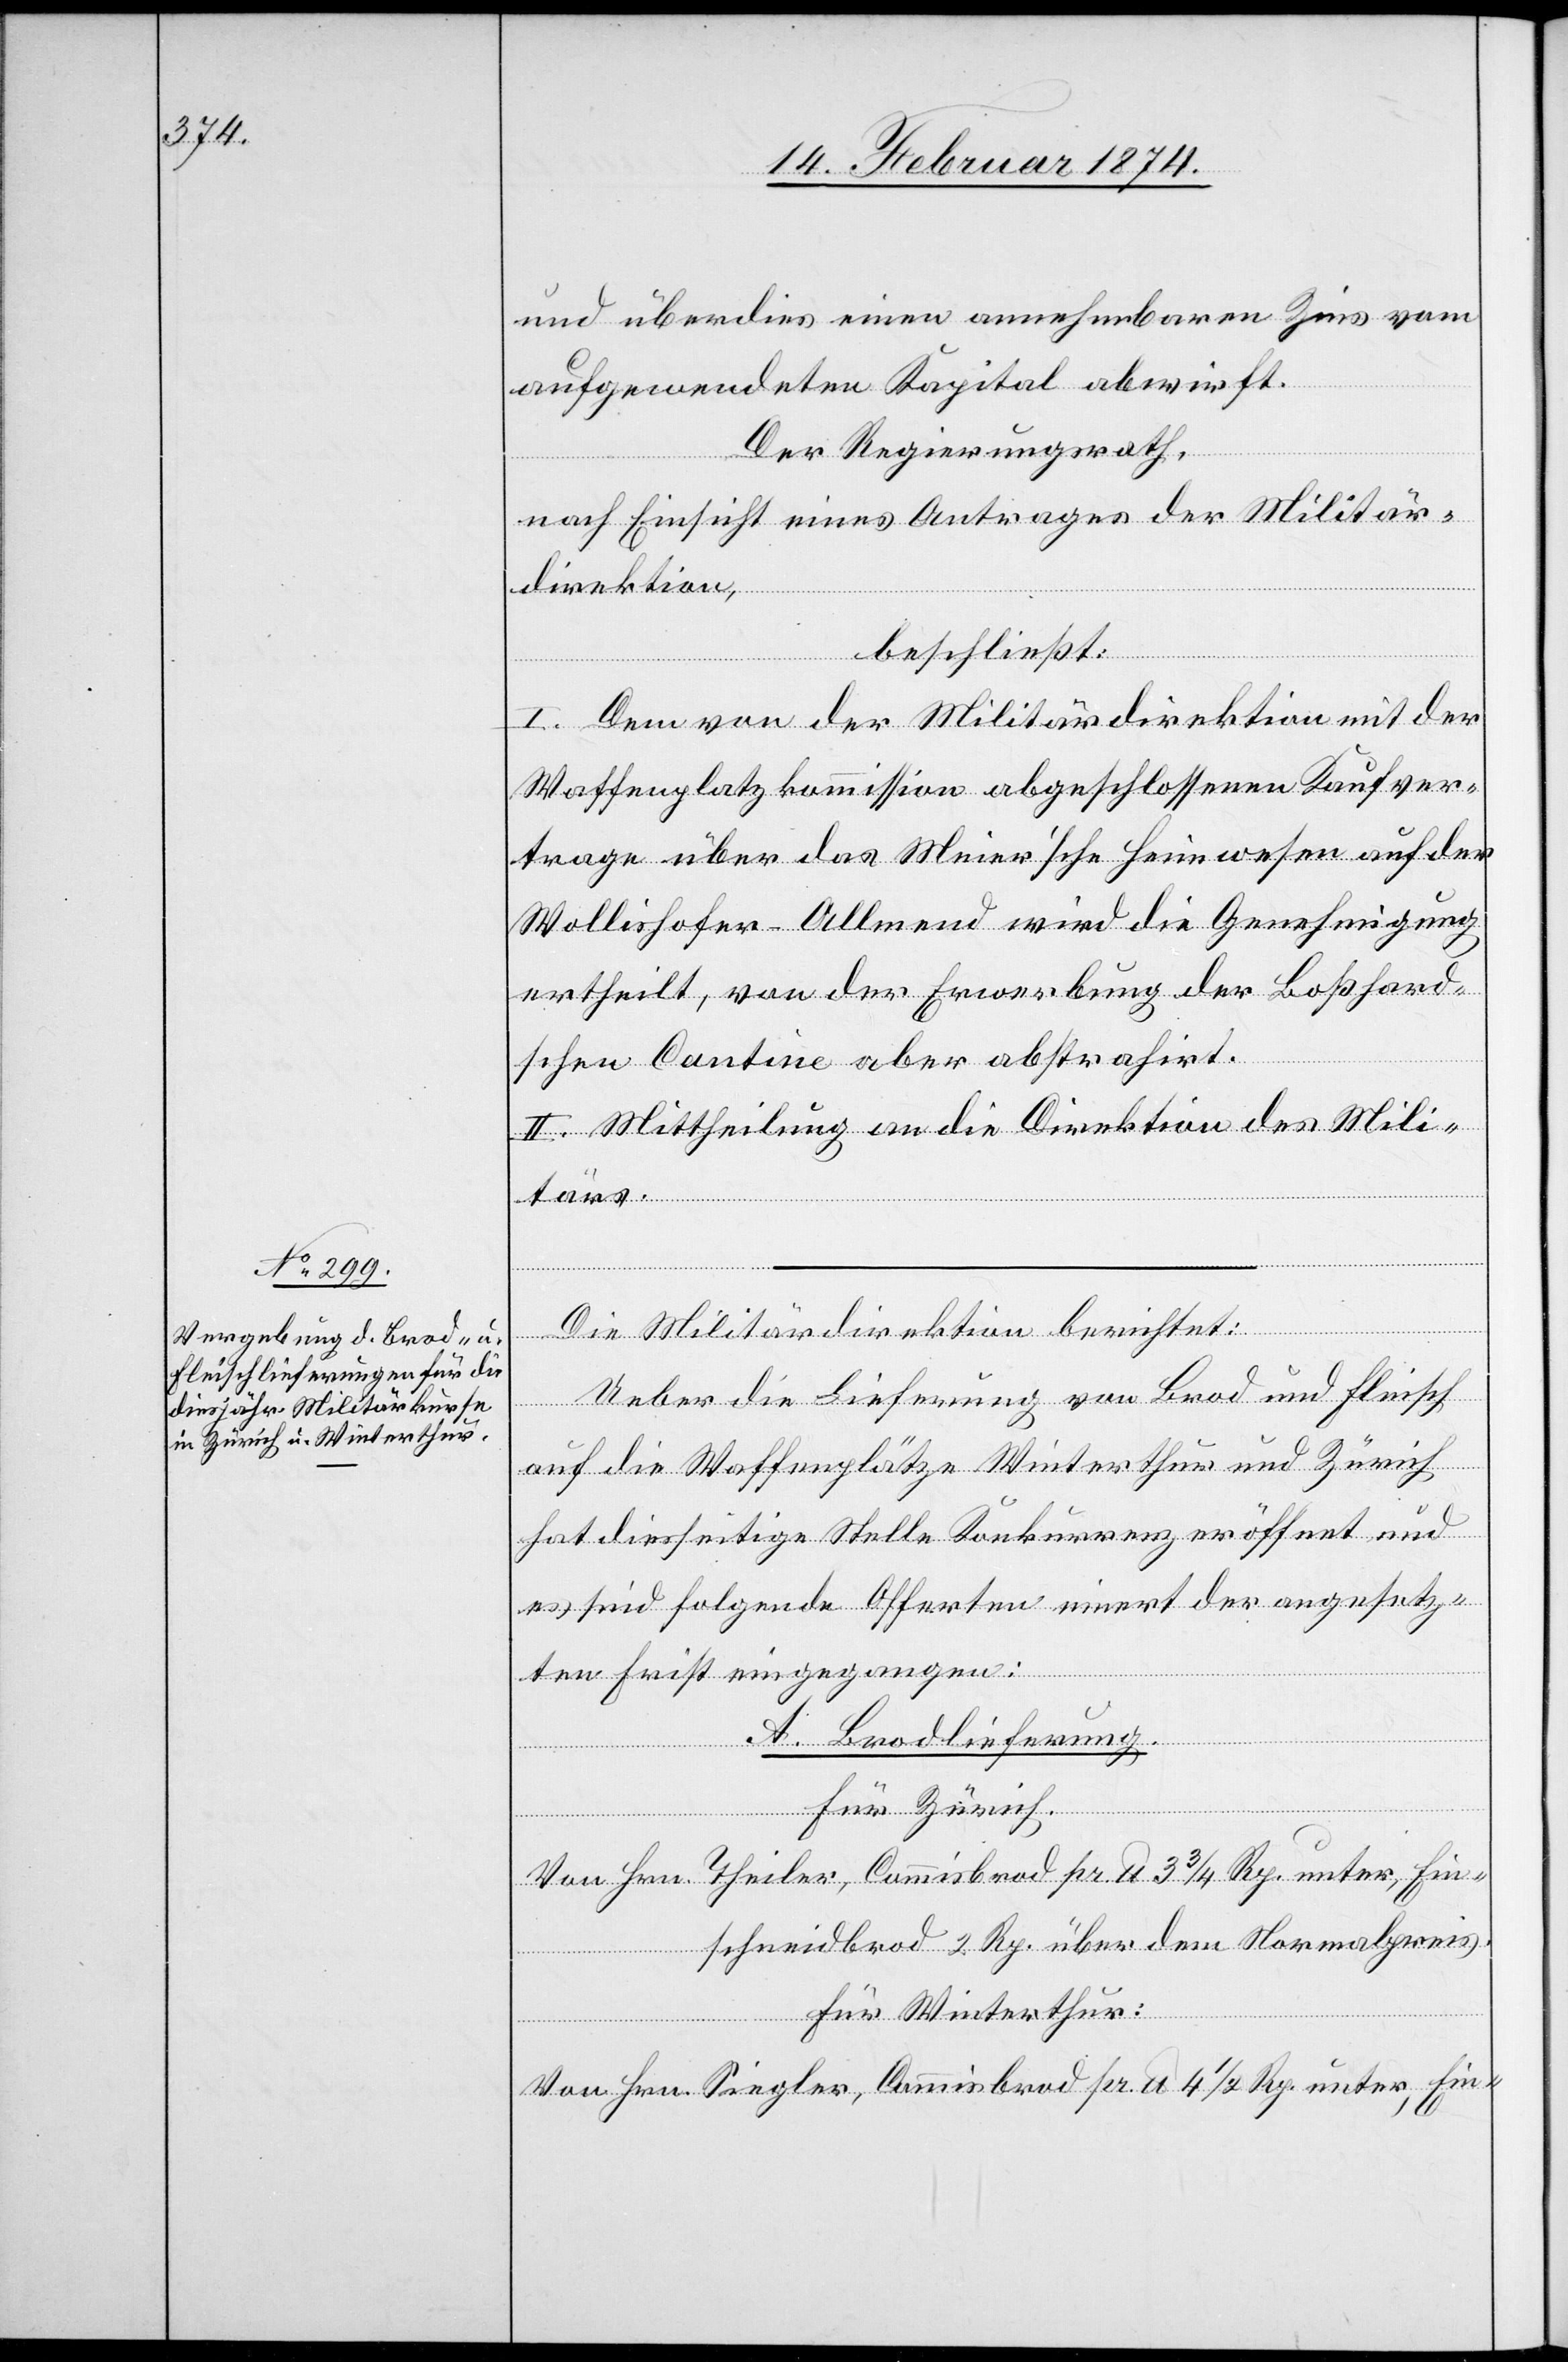
und überdies einen annehmbaren Zins vom
aufgewendeten Kapital abwirft.
Der Regierungsrath,
nach Einsicht eines Antrages der Militär¬
direktion,
beschließt:
I. Dem von der Militärdirektion mit der
Waffenplatzkommission abgeschlossenen Kaufver¬
trage über das Meier’sche Heimwesen auf der
Wollishofer-Allmend wird die Genehmigung
ertheilt, von der Erwerbung der Boßhard¬
schen Cantine aber abstrahirt.
II. Mittheilung an die Direktion des Mili¬
Die Militärdirektion berichtet:
Ueber die Lieferung von Brod und Fleisch
auf die Waffenplätze Winterthur und Zürich
hat diesseitige Stelle Konkurrenz eröffnet und
es sind folgende Offerten innert der angesetz¬
ten Frist eingegangen:
A. Brodlieferung.
rs.
für Zürich.
Von Hrn. Theiler, Commisbrod pr. lb. 3 3/4 Rp. unter, Ein¬
schneidbrod 2. Rp. über dem Normalpreis.
Für Winterthur:
Von Hrn. Siegler, Commisbrod pr. lb. 4 1/2 Rp. unter, Ein-